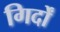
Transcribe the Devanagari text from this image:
गिर्दों